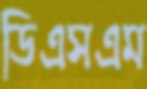
ডিএসএম